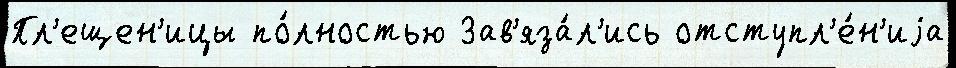
Пл'ещен'ицы по́лностью Зав'яза́л'ись отступл'е́н'иjа